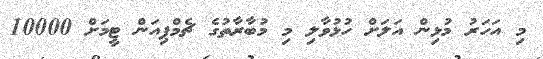
މި އަހަރު މުޅިން އަލަށް ހުޅުވާލި މި މުބާރާތުގެ ޗެމްޕިއަން ޓީމަށް 10000